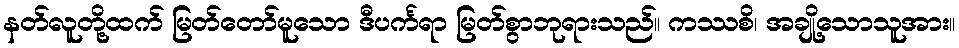
နတ်လူတို့ထက် မြတ်တော်မူသော ဒီပင်္ကရာ မြတ်စွာဘုရားသည်။ ကဿစိ၊ အချို့သောသူအား။